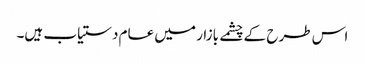
اس طرح کے چشمے بازار میں عام دستیاب ہیں۔